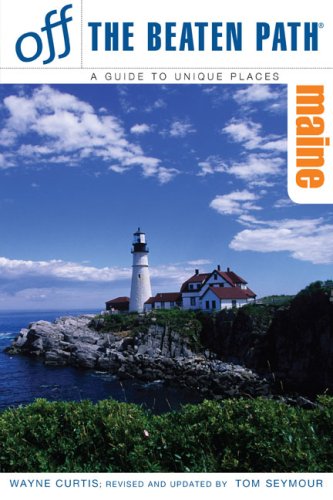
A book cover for Maine Off the Beaten Path, 8th (Off the Beaten Path Series); Tom Seymour; Travel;